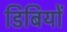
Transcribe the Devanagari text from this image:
डिबियों